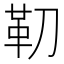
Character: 𩉛